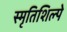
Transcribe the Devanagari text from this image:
स्मृतिशिल्पे